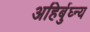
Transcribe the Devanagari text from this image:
अहिर्बुघ्न्य